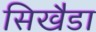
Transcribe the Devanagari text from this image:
सिखैडा